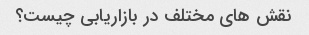
نقش های مختلف در بازاریابی چیست؟